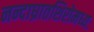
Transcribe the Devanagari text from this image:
नन्दाघ्रातशिरोमध्यः